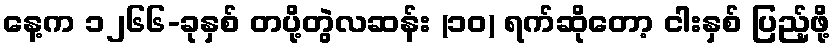
နေ့က ၁၂၆၆-ခုနှစ် တပို့တွဲလဆန်း (၁၀) ရက်ဆိုတော့ ငါးနှစ် ပြည့်ဖို့